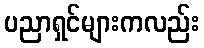
ပညာရှင်များကလည်း